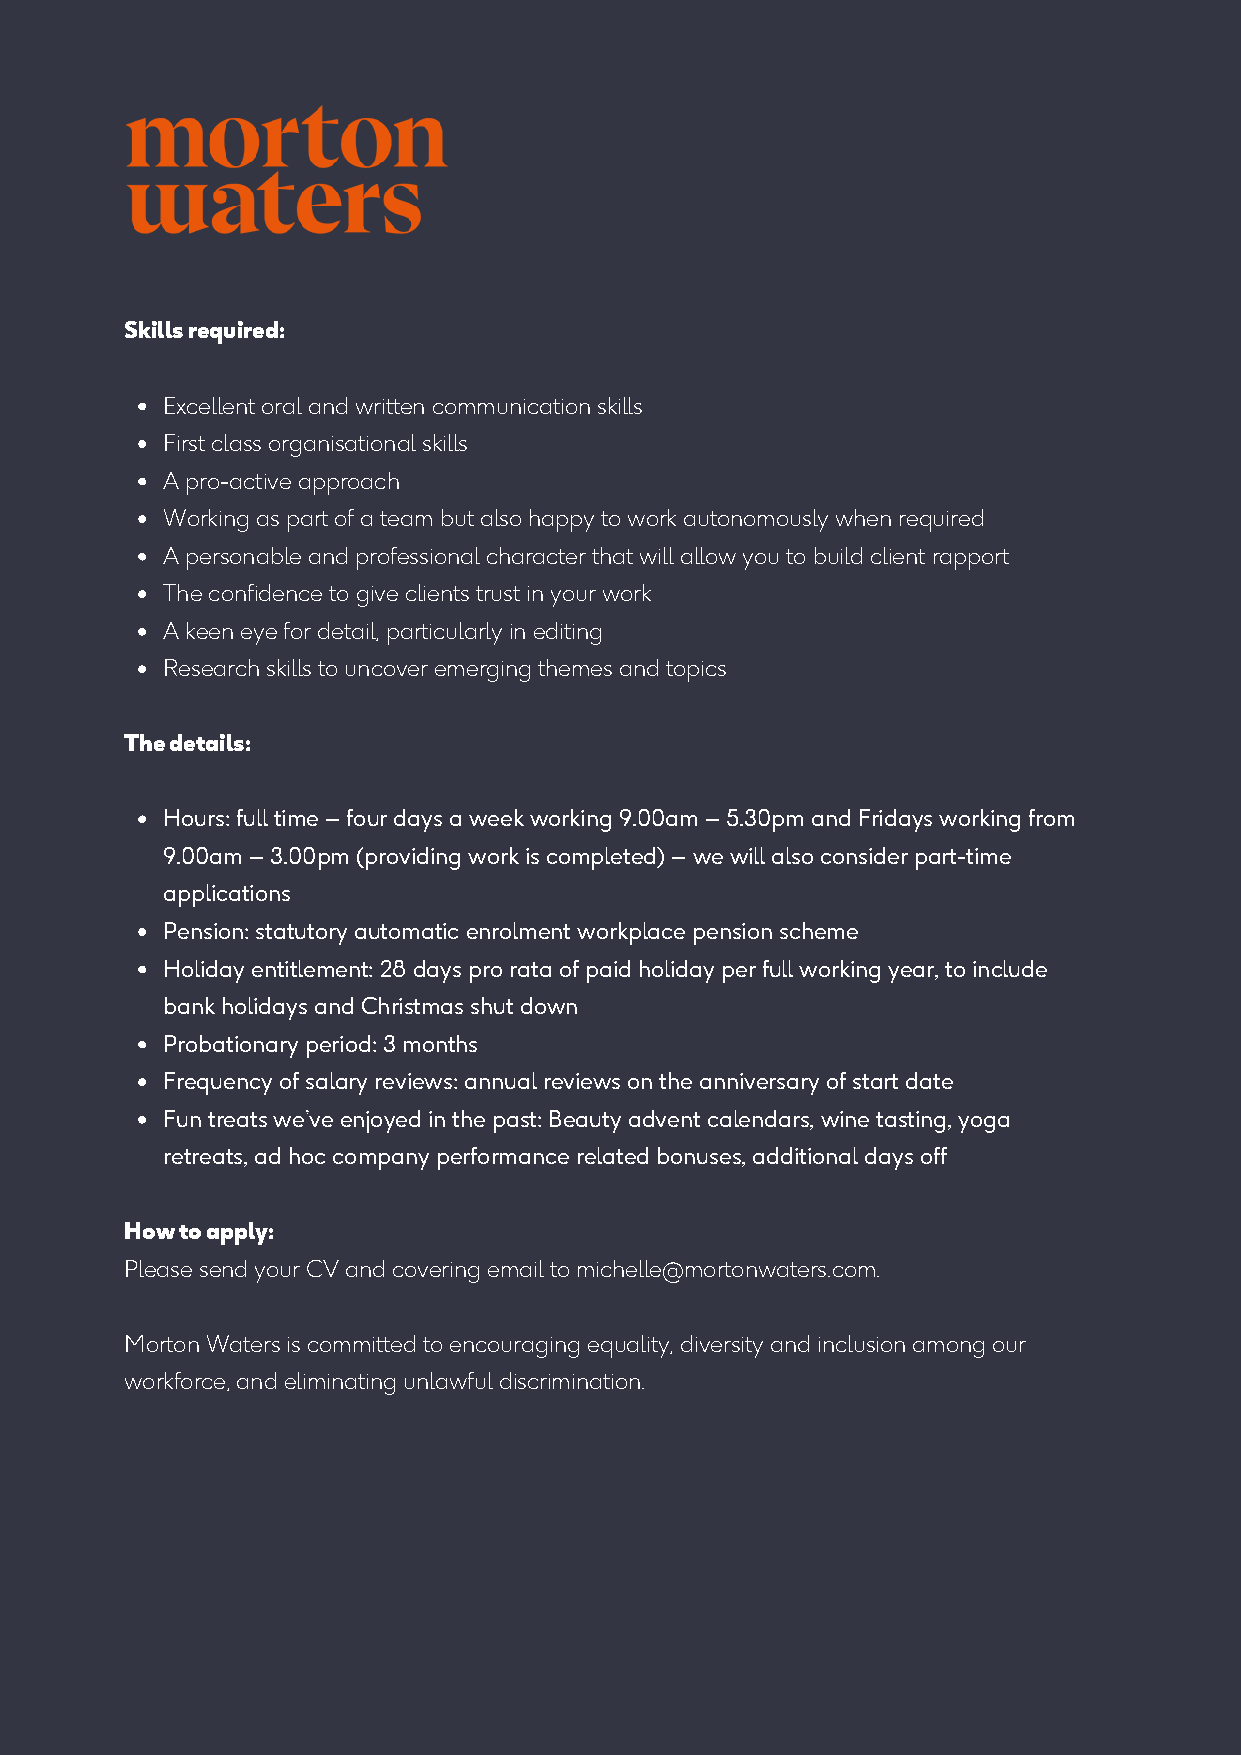
Skills required:
 Excellent oral and written communication skills
 First class organisational skills
 A pro-active approach
 Working as part of a team but also happy to work autonomously when required
 A personable and professional character that will allow you to build client rapport
 The confidence to give clients trust in your work
 A keen eye for detail, particularly in editing
 Research skills to uncover emerging themes and topics
 The details:
 Hours: full time – four days a week working 9.00am – 5.30pm and Fridays working from
 9.00am – 3.00pm (providing work is completed) – we will also consider part-time
 applications
 Pension: statutory automatic enrolment workplace pension scheme
 Holiday entitlement: 28 days pro rata of paid holiday per full working year, to include
 bank holidays and Christmas shut down
 Probationary period: 3 months
 Frequency of salary reviews: annual reviews on the anniversary of start date
 Fun treats we’ve enjoyed in the past: Beauty advent calendars, wine tasting, yoga
 retreats, ad hoc company performance related bonuses, additional days off
 How to apply:
 Please send your CV and covering email to michelle@mortonwaters.com.
 Morton Waters is committed to encouraging equality, diversity and inclusion among our
 workforce, and eliminating unlawful discrimination.